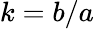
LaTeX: k=b/a